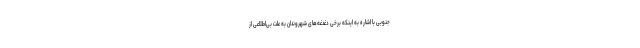
جنوبی با اشاره به اینکه برخی دغدغه‌های شهروندان به علت بی‌اطلاعی از